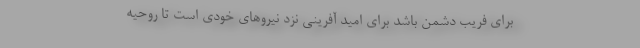
برای فریب دشمن باشد برای امید آفرینی نزد نیروهای خودی است تا روحیه